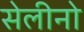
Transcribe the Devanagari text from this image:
सेलीनो